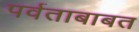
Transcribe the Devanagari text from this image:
पर्वताबाबत